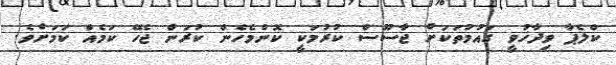
ކްލެޕާ ވިދާޚުވީ ގައުމުތަކަށް ޖާސޫސް ކުރުމަކީ ކޮންމެހެން ކުރަން ޖެހޭ ކަމެއް ކަމަށެވެ.